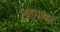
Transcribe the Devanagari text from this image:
खडूफळा